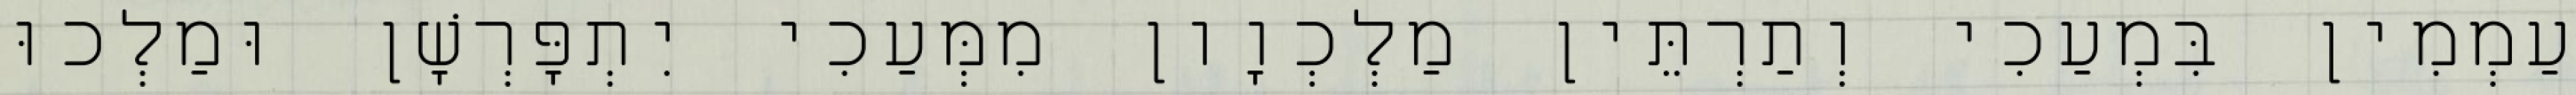
עַמְמִין בִּמְעַכִי וְתַרְתֵּין מַלְכְוָון מִמְּעַכִי יִתְפָּרְשָׁן וּמַלְכוּ